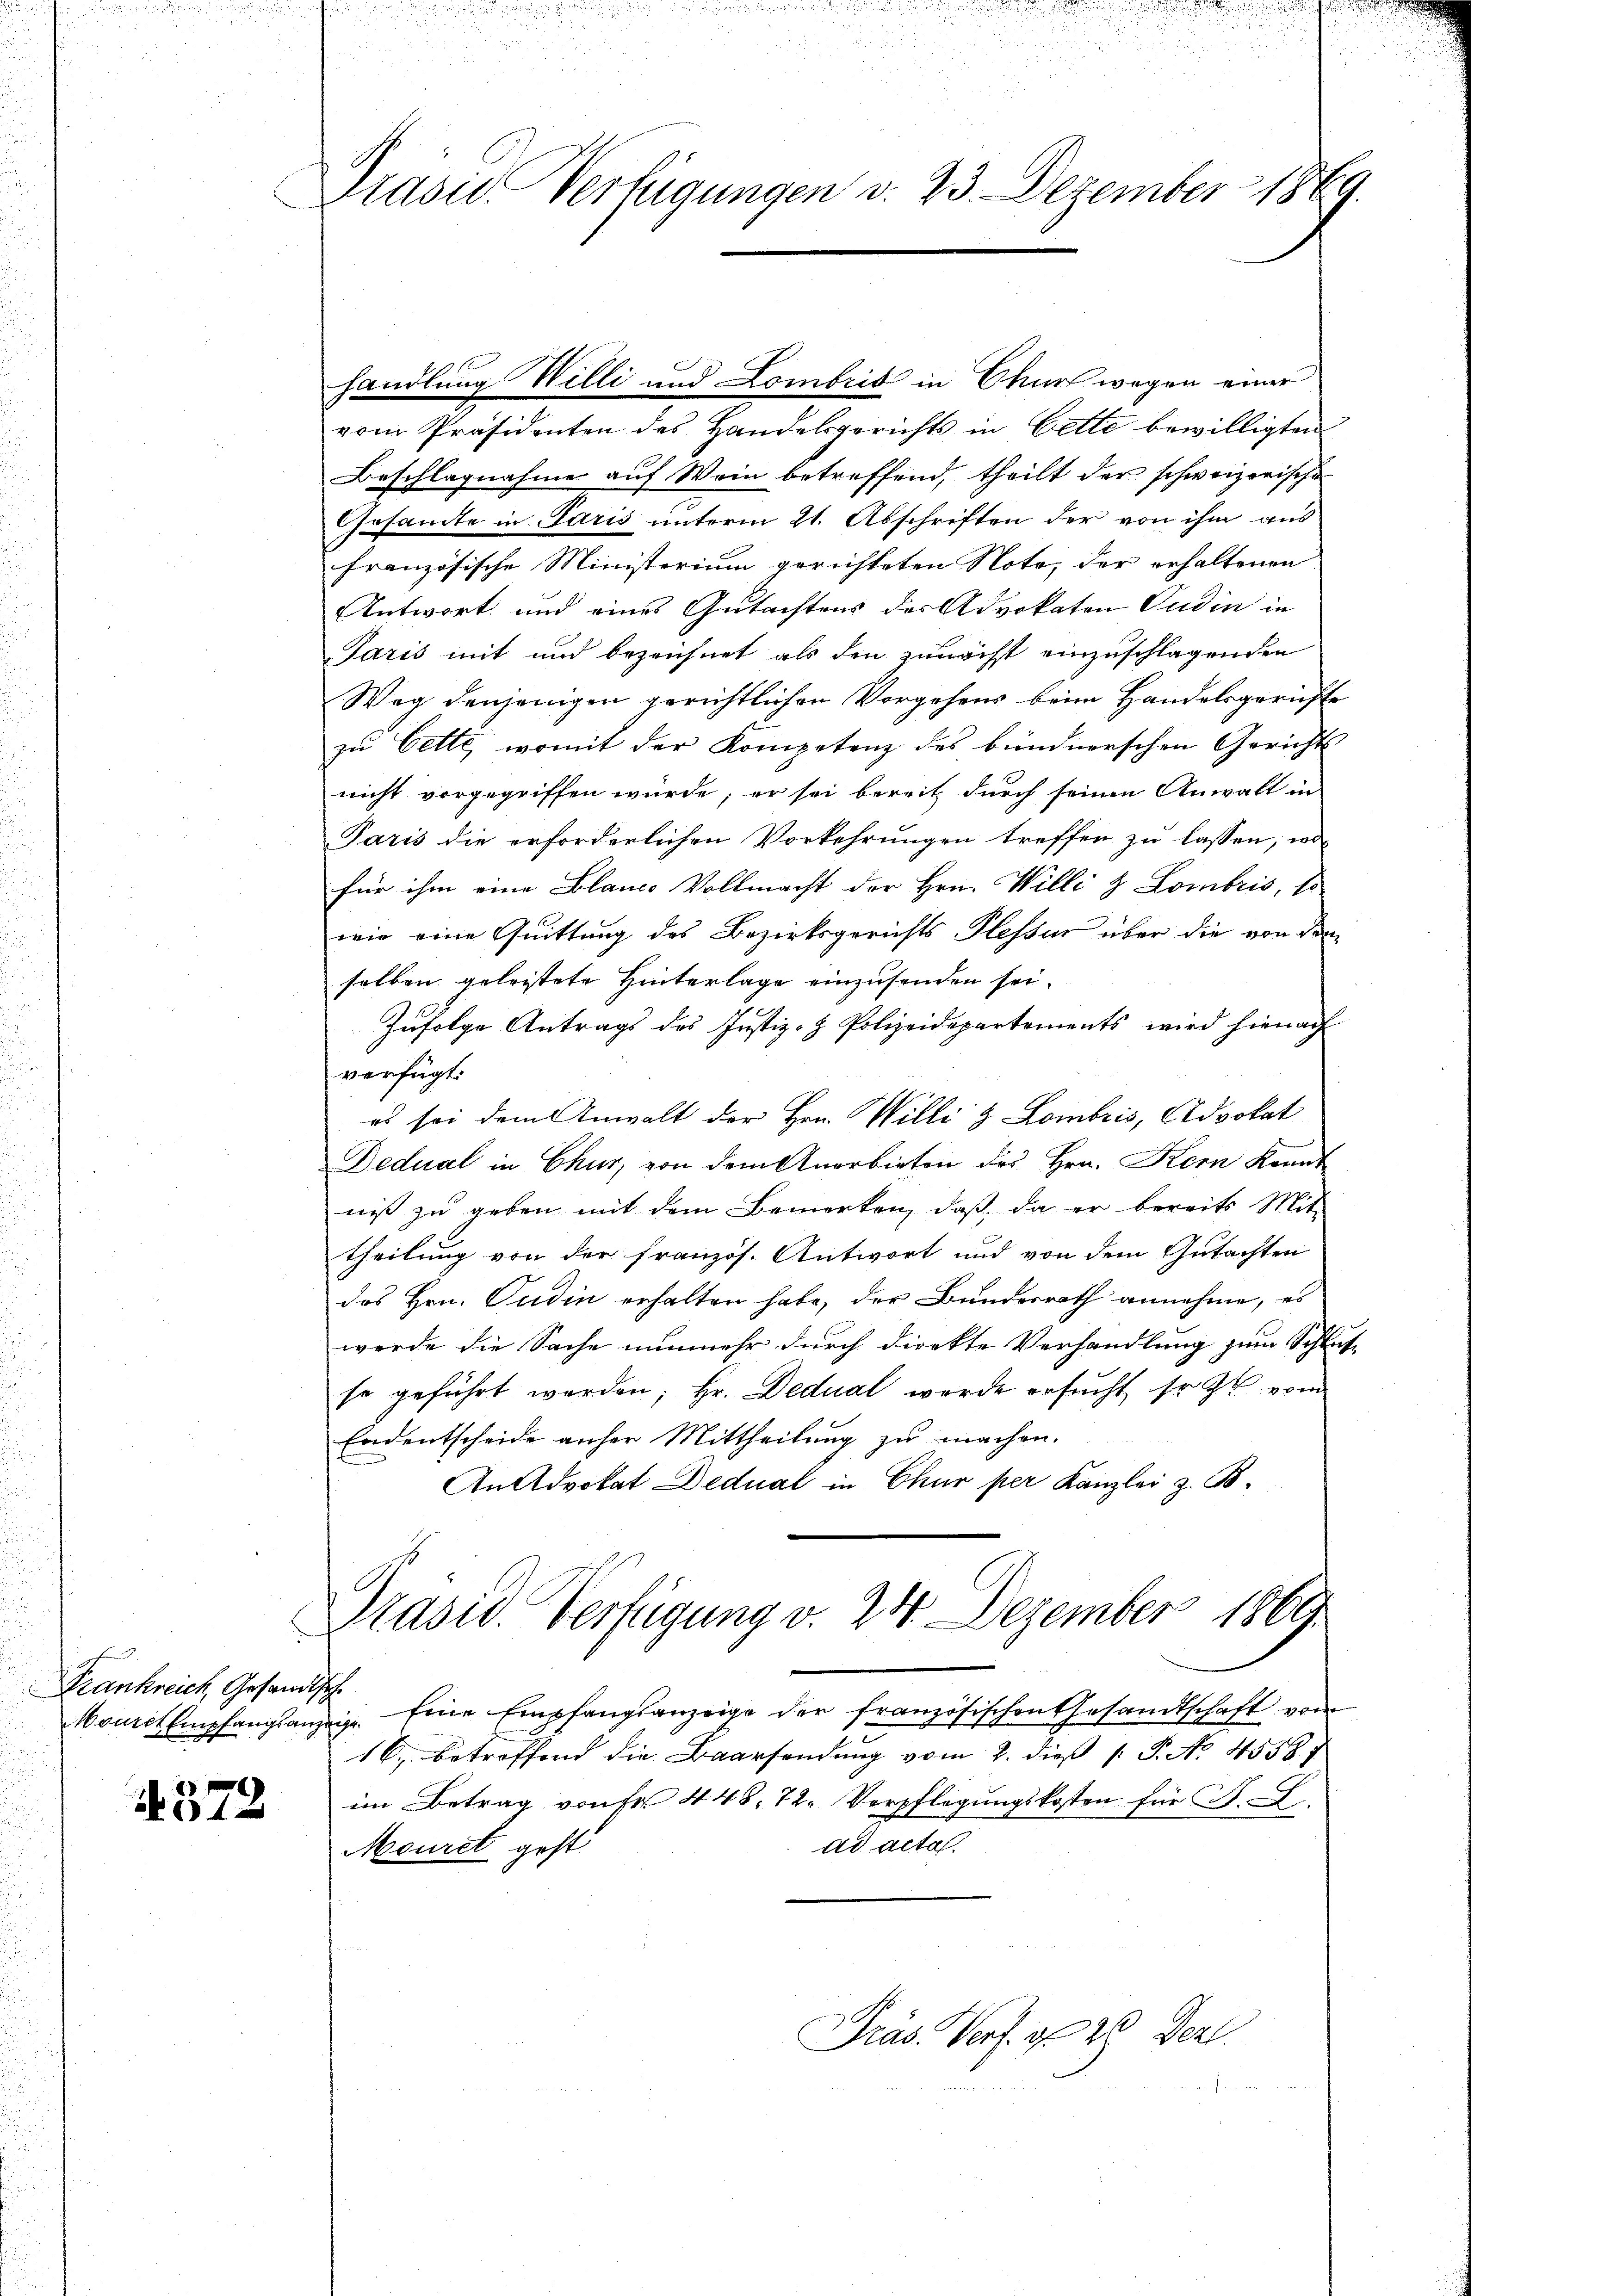
Frankreich, Gesandtsch

4372

Prasie Verfügungen d. 23. Dezember 1869.

handlung Willi und Lombris in Chur wegen einer
vom Präsidenten des Handelsgerichts in Bette bewilligten
Beschlagnahme auf Wein betreffend, theilt der schweizerische
Gesamte in Paris unterm 21. Abschriften der von ihm aus
französische Ministerium gerichteten Note, der erhaltenen
Antwort und eines Gutachtens des Advokaten Pudin in
Paris mit und bezeichnet als den zunächst einzuschlagenden
Weg denjenigen gerichtlichen Vorgehens beim Handelsgerichte
zu Oette, womit der Kompetenz des bündnerschen Gerichts
nicht vorgegriffen würde; er sei bereit durch seinen Anwalt in
Paris die erforderlichen Vorkehrungen treffen zu lassen, wo
für ihm eine Blanco Vollmacht der Hrn. Willi & Lombris, so
wie eine Quittung des Bezirksgerichts Plessur über die von dem
selben geleistete Hinterlage einzusenden sei.
Infolge Antrags des Justiz- & Polizeidepartements wird hienach
verfügt:
es sei dem Anwalt der Hrn. Willi & Lombris, Advokat
Dedual in Chur, von dem Anerbieten des Hrn. Kern Kennt
nis zu geben mit dem Bemerken, daß da er bereits Mit-
theilung von der französ. Antwort und von dem Gutachten
des Hrn. Pudin erhalten habe, der Bundesrath annehme, es
werde die Sache nunmehr durch direkte Verhandlung zum Schluß
se geführt worden; Hr. Dedual werde ersucht, so et vom
Endentscheide anher Mittheilung zu machen.
An Advokat Dedual in Chur per Kanzlei z. B.
Prasw. Verfügung v. 24. Dezember 1869
Nourch Empfangsanzeige. Eine Empfangsanzeige der französischen Gesandtschaft vom
16, betreffend die Baarsendung vom 2. dieß P. No. 4558. 7
im Betrag von Fr. 448. 72. Verpflegungskosten für F.
ad acta.
Mouret geht
Präs. Verf. v. 20 Dez.